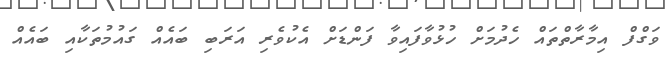
ވަގްފް އިމާރާތްތައް ހެދުމަށް ހުޅުވާފައިވާ ފަންޑަށް އެކުވެރި އަރަބި ބައެއް ގައުމުތަކާއި ބައެއް